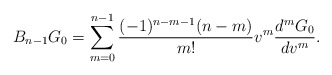
\begin{align*} B_{n-1}G_0=\sum_{m=0}^{n-1}\frac{(-1)^{n-m-1}(n-m)}{m!}v^m\frac{d^mG_0}{dv^m}.\end{align*}